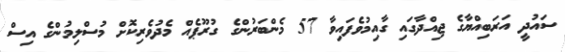
ސައުދީ އަރަބިއްޔާގެ ޖިއްދާގައި ގާއިމުވެފައިވާ 57 މެންބަރުންގެ ގުރޫޕެއް މެދުވެރިކޮށް މުސްލިމުންގެ އިސް